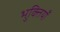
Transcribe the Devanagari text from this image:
भुक्तियाँ